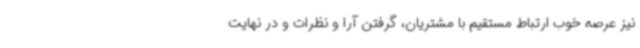
نیز عرصه خوب ارتباط مستقیم با مشتریان، گرفتن آرا و نظرات و در نهایت